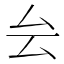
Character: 𠫛